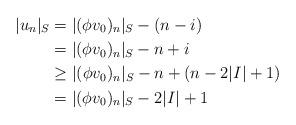
LaTeX: \begin{align*} \lvert u_n\rvert_S &=\lvert(\phi v_0)_n\rvert_S-(n-i)\\&=\lvert(\phi v_0)_n\rvert_S-n+i\\&\geq \lvert(\phi v_0)_n\rvert_S-n+(n-2\lvert I\rvert+1)\\&=\lvert(\phi v_0)_n\rvert_S-2\lvert I\rvert+1 \end{align*}